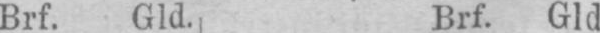
Brf. GId., Brf. Gld.